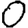
Digit: 0